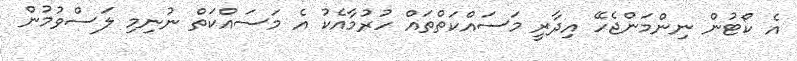
އެ ކޯޓުން ނިންމަންޖެހޭ އިދާރީ މަސައްކަތްތައް ހުރުމާއެކު އެ މަސައްކަތް ނުނިމި ލަސްވުމުން